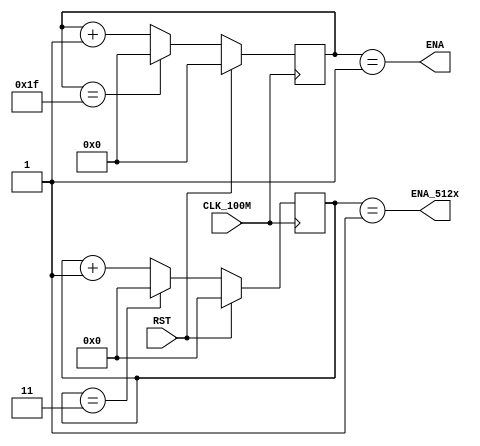
`timescale 1ns / 1ps
//////////////////////////////////////////////////////////////////////////////////
// Company: 
// Engineer: 
// 
// Design Name: 
// Module Name: ENA_64xSampleRate
// Project Name: 
// Target Devices: 
// Tool Versions: 
// Description: 
// 
// Dependencies: 
// 
// Revision:
// Revision 0.01 - File Created
// Additional Comments:
// 
//////////////////////////////////////////////////////////////////////////////////


module ENA_64xSampleRate( // RST1
    input CLK_100M,
    input RST,
    output ENA,
    output ENA_512x
    );
    parameter sampleRate = 48000;
    parameter ticks = 4; //100000000/(512*sampleRate)
    reg [5:0] cnt = 0;
    reg [7:0] cnt2 = 0;
    always @ (posedge CLK_100M) begin
        if (RST) begin
            cnt <= 0;
            cnt2 <= 0;
        end
        else begin
            cnt <= cnt == ticks * 8 - 1 ? 0 : cnt + 1;
            cnt2 <= cnt2 == ticks - 1 ? 0 : cnt2 + 1;
        end
    end
    assign ENA = cnt == 1;
    assign ENA_512x = cnt2 == 1;
endmodule